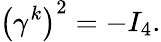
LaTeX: \left(\gamma^{k}\right)^{2}=-I_{4}.